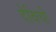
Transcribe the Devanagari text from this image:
देविची